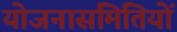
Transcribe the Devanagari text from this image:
योजनासमितियों